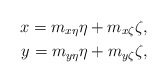
\begin{align*} x = m_{x\eta} \eta + m_{x\zeta} \zeta , \\ y = m_{y\eta} \eta + m_{y\zeta} \zeta,\end{align*}